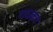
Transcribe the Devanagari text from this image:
पादांकृत